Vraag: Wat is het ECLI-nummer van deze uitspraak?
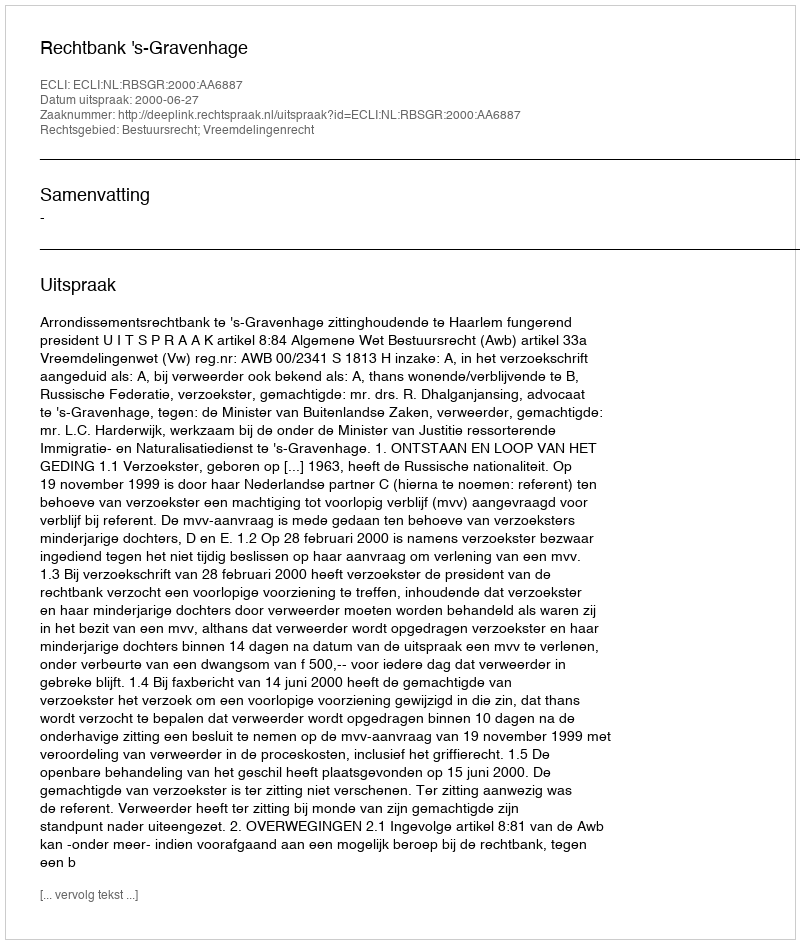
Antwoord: ECLI:NL:RBSGR:2000:AA6887